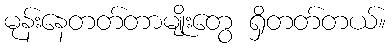
မုန်းနေတတ်တာမျိုးတွေ ရှိတတ်တယ်။